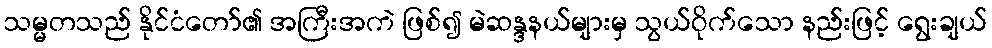
သမ္မတသည် နိုင်ငံတော်၏ အကြီးအကဲ ဖြစ်၍ မဲဆန္ဒနယ်များမှ သွယ်ဝိုက်သော နည်းဖြင့် ရွေးချယ်